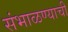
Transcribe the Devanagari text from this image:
संभाळण्याची